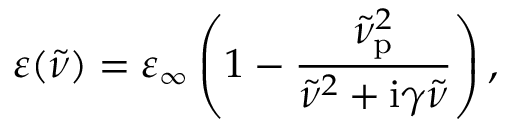
\varepsilon ( \tilde { \nu } ) = \varepsilon _ { \infty } \left( 1 - \frac { \tilde { \nu } _ { \mathrm { p } } ^ { 2 } } { \tilde { \nu } ^ { 2 } + \mathrm { i } \gamma \tilde { \nu } } \right) ,